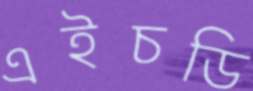
এইচডি